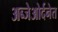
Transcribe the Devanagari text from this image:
अब्जेओर्दनेत